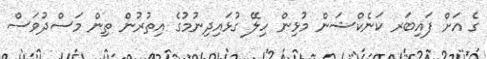
ގެ އަށް ފައިބަރ ކަނެކްޝަން މުޅިން ހިލޭ ގުޅައިދިނުމުގެ އިތުރުން ތިން މަސްދުވަސް